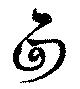
面